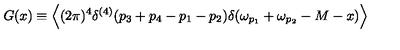
G ( x ) \equiv \left\langle { ( 2 \pi ) ^ { 4 } \delta ^ { ( 4 ) } ( p _ { 3 } + p _ { 4 } - p _ { 1 } - p _ { 2 } ) \delta ( \omega _ { p _ { 1 } } + \omega _ { p _ { 2 } } - M - x ) } \right\rangle